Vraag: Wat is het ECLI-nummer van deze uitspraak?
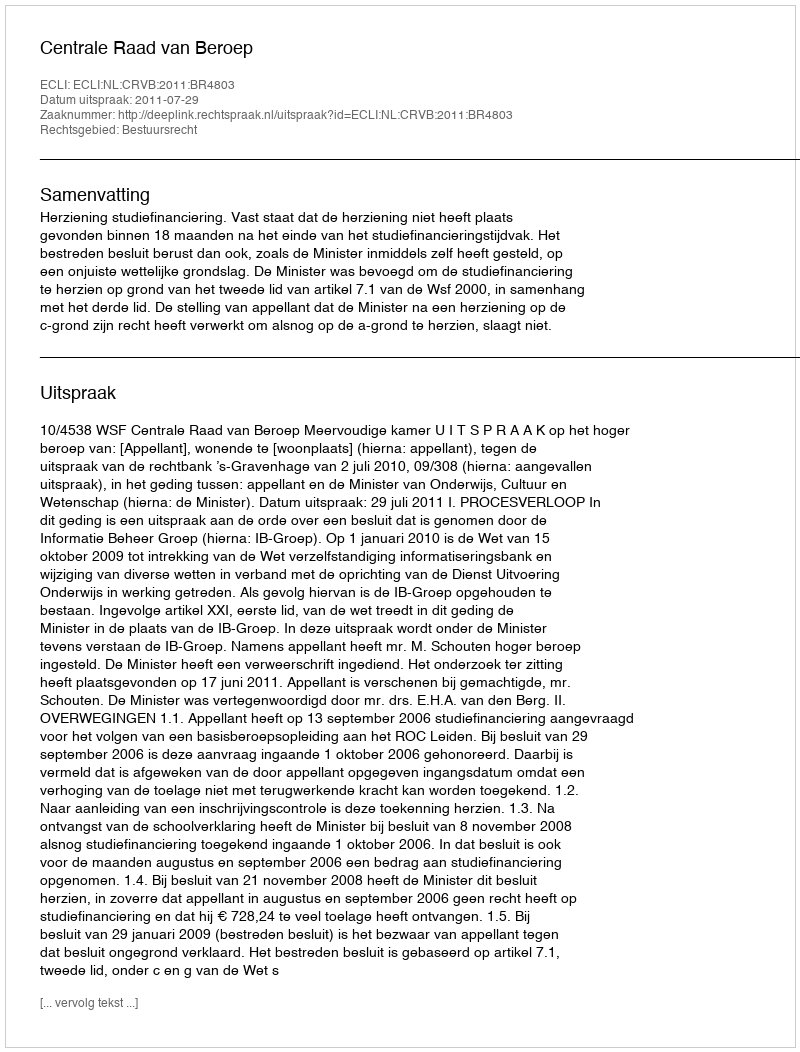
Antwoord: ECLI:NL:CRVB:2011:BR4803